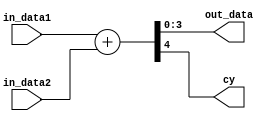
`timescale 1ns / 1ps
//////////////////////////////////////////////////////////////////////////////////
// Company: 
// Engineer: 
// 
// Design Name: 
// Module Name: adder
// Project Name: 
// Target Devices: 
// Tool Versions: 
// Description: 
// 
// Dependencies: 
// 
// Revision:
// Revision 0.01 - File Created
// Additional Comments:
// 
//////////////////////////////////////////////////////////////////////////////////


module adder(
    input [3:0] in_data1,
    input [3:0] in_data2,
    output [3:0] out_data,
    output cy
    );
    
    wire 		[4:0]		rslt;
            
    assign rslt = in_data1 + in_data2;
    assign cy = rslt[4];
    assign out_data = rslt[3:0];
        
endmodule